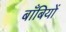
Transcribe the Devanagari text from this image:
बाँबियों